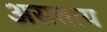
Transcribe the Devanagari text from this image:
असताय